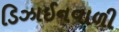
ડિઝાઈનવાળી